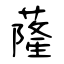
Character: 蕯